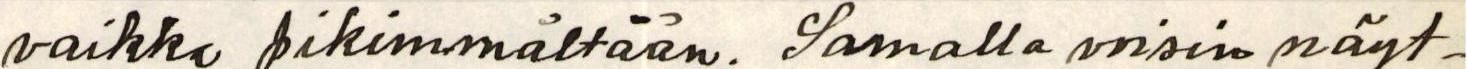
vaikka pikimmältään. Samalla voisin näyt-